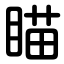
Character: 瞄